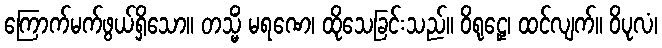
ကြောက်မက်ဖွယ်ရှိသော။ တသ္မိံ မရဏေ၊ ထိုသေခြင်းသည်။ ဝိရုဠှေ၊ ထင်လျက်။ ဝိပုလံ၊